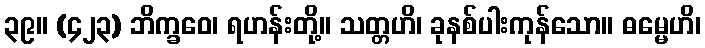
၃၉။ (၄၂၃) ဘိက္ခဝေ၊ ရဟန်းတို့။ သတ္တဟိ၊ ခုနစ်ပါးကုန်သော။ ဓမ္မေဟိ၊